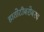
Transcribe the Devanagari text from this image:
हातोटीबरोबरच